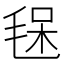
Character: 𣮃